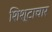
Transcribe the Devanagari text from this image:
शिश्टाचार